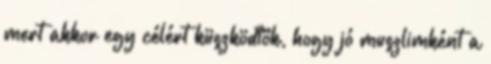
mert akkor egy célért küszködtök, hogy jó muszlimként a